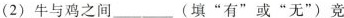
(2)牛与鸡之间___(填”有”或”无”)竞